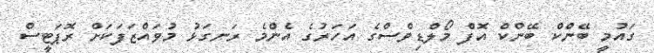
ގައުމީ ބޭންކް ބޭންކް އޮފް މޯލްޑިވްސްގެ އަހަރުގެ އެންމެ ރަނގަޅު މުވައްޒަފަކަށް ރޮޕަޓީސް